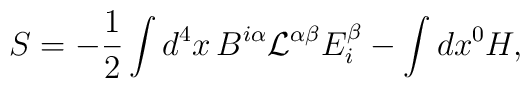
S=-{1\over 2}\int d^4x\,B^{i\alpha}{\mathcal L}^{\alpha\beta}E^\beta_i - \int dx^0 H,